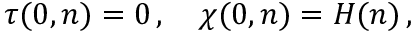
\tau ( 0 , n ) = 0 \, , \quad \chi ( 0 , n ) = H ( n ) \, ,